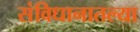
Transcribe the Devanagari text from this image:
संविधानातल्या